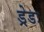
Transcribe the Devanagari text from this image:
ड्रेडः